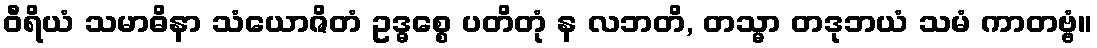
ဝီရိယံ သမာဓိနာ သံယောဇိတံ ဥဒ္ဓစ္စေ ပတိတုံ န လဘတိ, တသ္မာ တဒုဘယံ သမံ ကာတဗ္ဗံ။